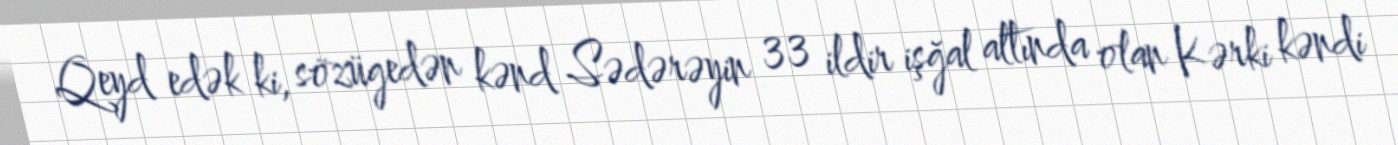
Qeyd edək ki, sözügedən kənd Sədərəyin 33 ildir işğal altında olan Kərki kəndi